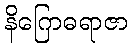
နိဂြောဓရာဇာ